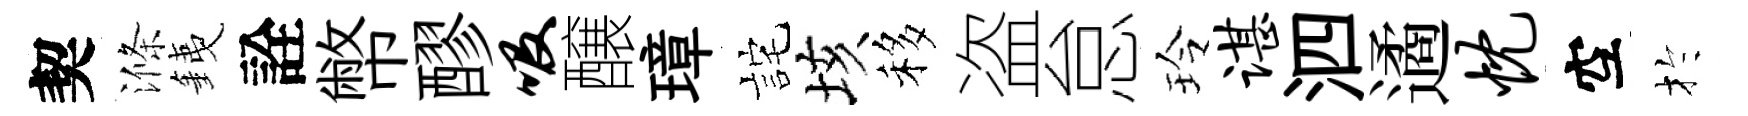
契滌銕詮幣醪吸醸璋詫垓移盗怠玲谌泗遹忱空扵